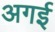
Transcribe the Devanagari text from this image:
अगई